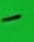
Text: -